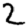
Digit: 2